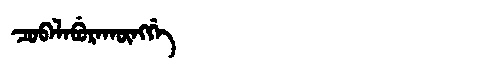
Manchu: ᠴᠣᠪᠠᠯᠠᠪᡠᡵᠠᡴᡡᠩᡤᡝ
Romanization: COBALABURAKŪNGGE